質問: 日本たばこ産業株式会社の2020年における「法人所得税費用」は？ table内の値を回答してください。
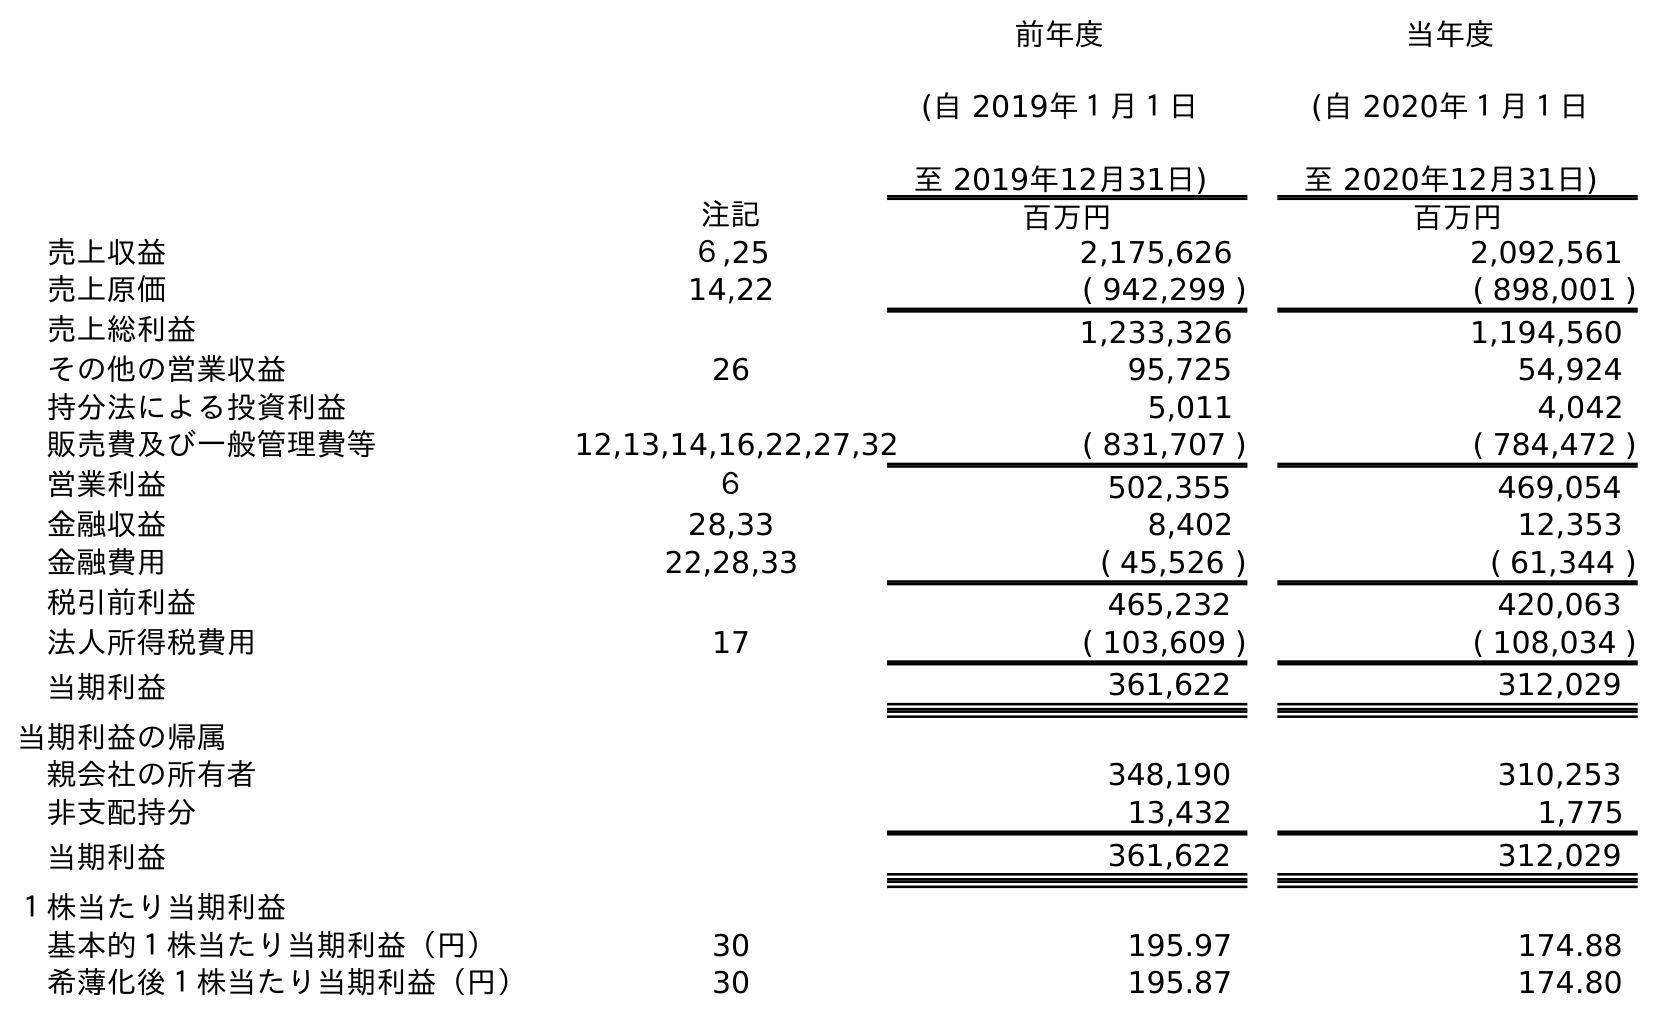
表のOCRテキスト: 前年度 (自 2019年１月１日 至 2019年12月31日) 当年度 (自 2020年１月１日 至 2020年12月31日) 注記 百万円 百万円 売上収益 ６,25 2,175,626 2,092,561 売上原価 14,22 ( 942,299 ) ( 898,001 ) 売上総利益 1,233,326 1,194,560 その他の営業収益 26 95,725 54,924 持分法による投資利益 5,011 4,042 販売費及び一般管理費等 12,13,14,16,22,27,32 ( 831,707 ) ( 784,472 ) 営業利益 ６ 502,355 469,054 金融収益 28,33 8,402 12,353 金融費用 22,28,33 ( 45,526 ) ( 61,344 ) 税引前利益 465,232 420,063 法人所得税費用 17 ( 103,609 ) ( 108,034 ) 当期利益 361,622 312,029 当期利益の帰属 親会社の所有者 348,190 310,253 非支配持分 13,432 1,775 当期利益 361,622 312,029 １株当たり当期利益 基本的１株当たり当期利益（円） 30 195.97 174.88 希薄化後１株当たり当期利益（円） 30 195.87 174.80
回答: (108,034)